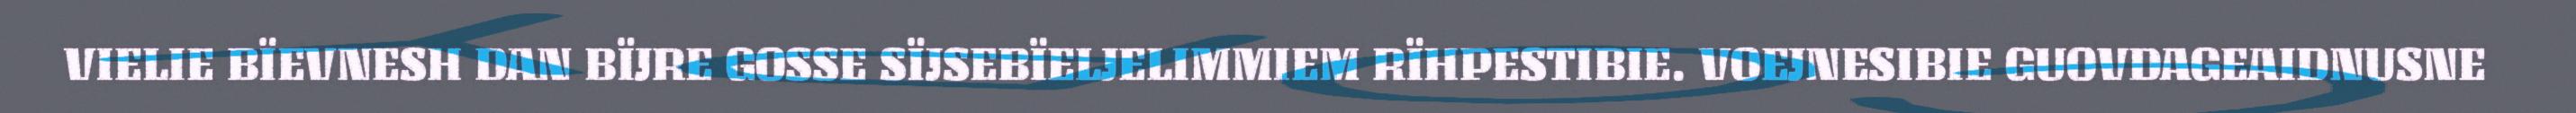
VIELIE BÏEVNESH DAN BÏJRE GOSSE SÏJSEBÏELJELIMMIEM RÏHPESTIBIE. VOEJNESIBIE GUOVDAGEAIDNUSNE